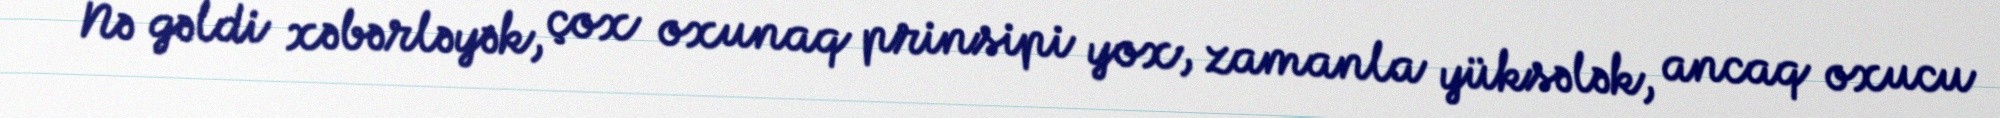
Nə gəldi xəbərləyək, çox oxunaq prinsipi yox, zamanla yüksələk, ancaq oxucu